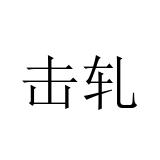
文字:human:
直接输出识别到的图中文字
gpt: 击轧